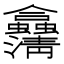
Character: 𠑴